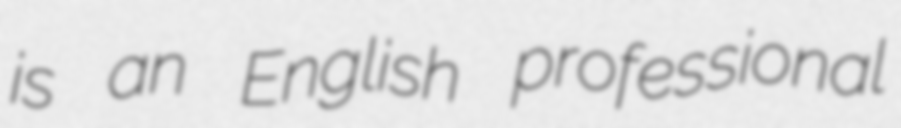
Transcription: is an English professional